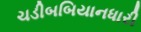
ચડીબબિયાનધારી